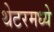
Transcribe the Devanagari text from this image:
थेटरमध्ये